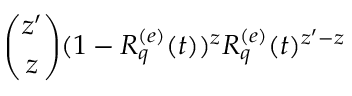
\binom { z ^ { \prime } } { z } ( 1 - R _ { q } ^ { ( e ) } ( t ) ) ^ { z } R _ { q } ^ { ( e ) } ( t ) ^ { z ^ { \prime } - z }